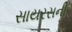
સાયરસની